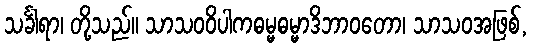
သင်္ခါရာ၊ တို့သည်။ သာသဝဝိပါကဓမ္မဓမ္မာဒိဘာဝတော၊ သာသဝအဖြစ်,